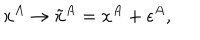
x ^ { A } \rightarrow \tilde { x } ^ { A } = x ^ { A } + \epsilon ^ { A } ,